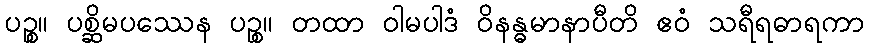
ပဉ္စ။ ပစ္ဆိမပဿေန ပဉ္စ။ တထာ ဝါမပါဒံ ဝိနန္ဓမာနာပီတိ ဧဝံ သရီရဓာရကာ